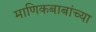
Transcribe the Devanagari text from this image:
माणिकबाबांच्या